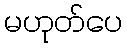
မဟုတ်ပေ